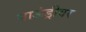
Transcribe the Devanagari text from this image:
बाऊंड्रीवर